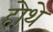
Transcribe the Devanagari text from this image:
होथे